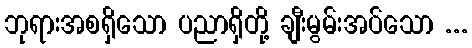
ဘုရားအစရှိသော ပညာရှိတို့ ချီးမွမ်းအပ်သော ...